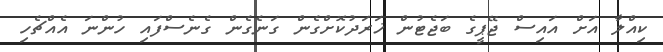
ކިިއްލާ އަށް އައިސް ޖޭޕީގެ ބަޖެޓުން ޚަރަދުކޮށްގެން ގަނެގެން ގެނެސްފައި ހުންނަ އެއްޗެހި